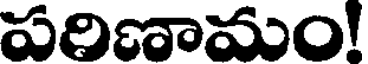
పరిణామం!